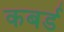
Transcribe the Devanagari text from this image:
कबर्ड